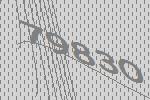
79830